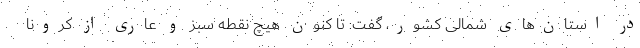
در استان‌های شمالی کشور، گفت: تا کنون هیچ نقطه سبز و عاری از کرونا